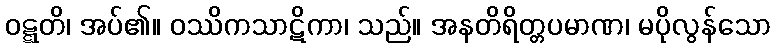
ဝဋ္ဋတိ၊ အပ်၏။ ဝဿိကသာဋိကာ၊ သည်။ အနတိရိတ္တပမာဏ၊ မပိုလွန်သော